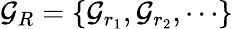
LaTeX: {\mathcal{G}}_{R}=\{ {\mathcal{G}}_{r_{1}},{\mathcal{G}}_{r_{2}},\cdots\}